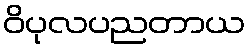
ဝိပုလပညတာယ